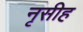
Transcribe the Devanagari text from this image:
नृसीह